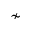
\nsim